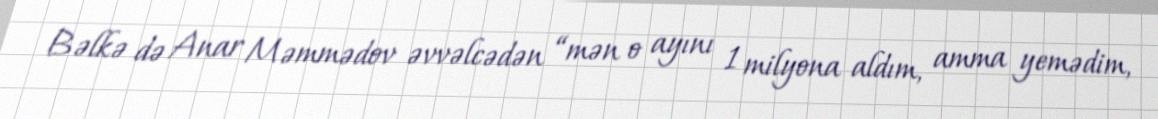
Bəlkə də Anar Məmmədov əvvəlcədən “mən o ayını 1 milyona aldım, amma yemədim,